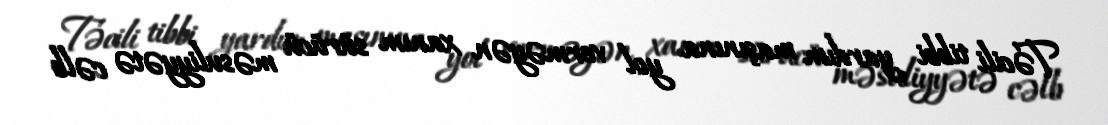
Təcili tibbi yardım maşınına yol verməyən xanım sürücü məsuliyyətə cəlb